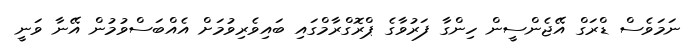
ނަމަވެސް ޑްރަގް އޭޖެންސީން ހިންގާ ފަރުވާގެ ޕްރޮގްރާމްގައި ބައިވެރިވުމަށް އެއްބަސްވުމުން އޭނާ ވަނީ